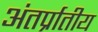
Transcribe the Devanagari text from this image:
अंतर्प्रातीय